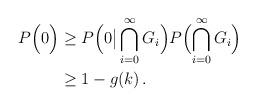
LaTeX: \begin{align*}P\Bigl(0\Bigr)&\geq P\Bigl(0\bigl|\,\bigcap_{i=0}^\infty G_i\Bigr) P\Bigl(\bigcap_{i=0}^\infty G_i\Bigr)\\&\geq 1-g(k)\,.\end{align*}